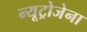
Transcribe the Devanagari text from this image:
न्यूट्रोजेना